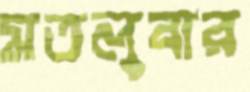
মতলুবার